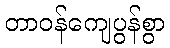
တာဝန်ကျေပွန်စွာ